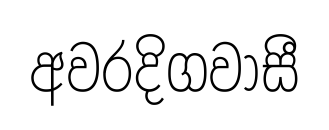
අවරදිගවාසී